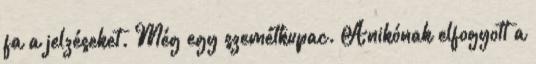
fa a jelzéseket. Még egy szemétkupac. Anikónak elfogyott a